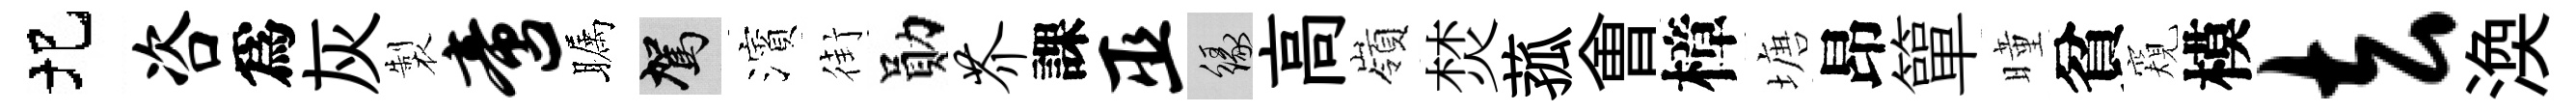
圯咨爲灰製啻瞩駕濱街勛芥課巫緣高嶺焚菰㑹樟塘昂簞曈貧窺模去渙